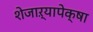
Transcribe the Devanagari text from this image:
शेजाऱ्यापेक्षा